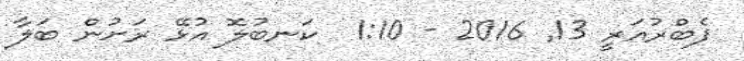
ފެބްރުއަރީ 13